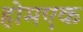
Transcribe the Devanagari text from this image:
होमएक